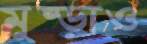
মুষ্‌ড়াও